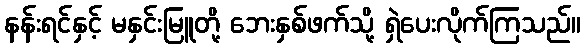
နန်းရင်နှင့် မနှင်းမြူတို့ ဘေးနှစ်ဖက်သို့ ရှဲပေးလိုက်ကြသည်။